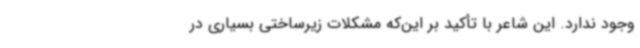
وجود ندارد. این شاعر با تأکید بر این‌که مشکلات زیرساختی بسیاری در